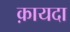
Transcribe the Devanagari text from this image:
क़ायदा